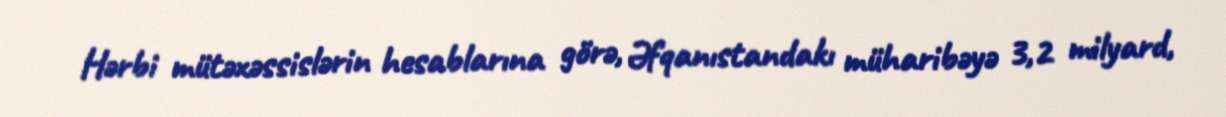
Hərbi mütəxəssislərin hesablarına görə, Əfqanıstandakı müharibəyə 3,2 milyard,